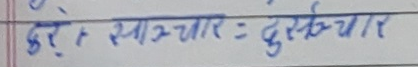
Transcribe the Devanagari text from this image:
दुर + स्वष्टाचार = दुस्ष्टाचार